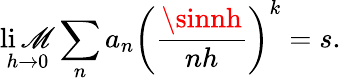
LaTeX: \operatorname*{li\mathscr{M}}_{h\rightarrow0}\sum_{n}a_{n}\left({\frac{{\sinnh}}{{nh}}}\right)^{k}=s.